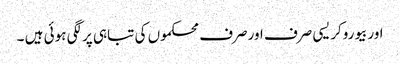
اوربیوروکریسی صرف اورصرف محکموں کی تباہی پرلگی ہوئی ہیں ۔